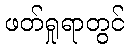
ဖတ်ရှုရာတွင်